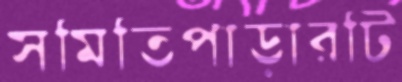
সমিতিপাড়ারটি